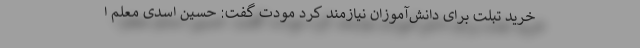
خرید تبلت برای دانش‌آموزان نیازمند کرد مودت گفت: حسین اسدی معلم ا